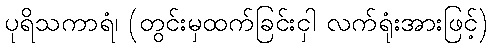
ပုရိသကာရံ၊ (တွင်းမှထက်ခြင်းငှါ လက်ရုံးအားဖြင့်)